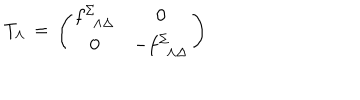
T _ { \Lambda } \, = \, \left( \begin{matrix} { { f _ { \phantom { \Sigma } \Lambda \Delta } ^ { \Sigma } } } & { { { \bf 0 } } } \\ { { { \bf 0 } } } & { { - f _ { \phantom { \Sigma } \Lambda \Delta } ^ { \Sigma } } } \\ \end{matrix} \right)